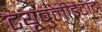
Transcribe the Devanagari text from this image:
टयूबुलीडेंटाटा